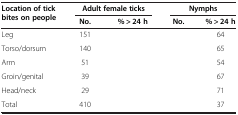
<table><thead><tr><td rowspan="2"><b>Location of tick bites on people</b></td><td colspan="2"><b>Adult female ticks</b></td><td colspan="2"><b>Nymphs</b></td></tr><tr><td><b>No.</b></td><td><b>% &gt; 24 h</b></td><td><b>No.</b></td><td><b>% &gt; 24 h</b></td></tr></thead><tbody><tr><td>Leg</td><td>151</td><td>[EMPTY_CELL]</td><td>[EMPTY_CELL]</td><td>64</td></tr><tr><td>Torso/dorsum</td><td>140</td><td>[EMPTY_CELL]</td><td>[EMPTY_CELL]</td><td>65</td></tr><tr><td>Arm</td><td>51</td><td>[EMPTY_CELL]</td><td>[EMPTY_CELL]</td><td>54</td></tr><tr><td>Groin/genital</td><td>39</td><td>[EMPTY_CELL]</td><td>[EMPTY_CELL]</td><td>67</td></tr><tr><td>Head/neck</td><td>29</td><td>[EMPTY_CELL]</td><td>[EMPTY_CELL]</td><td>71</td></tr><tr><td>Total</td><td>410</td><td>[EMPTY_CELL]</td><td>[EMPTY_CELL]</td><td>37</td></tr></tbody></table>